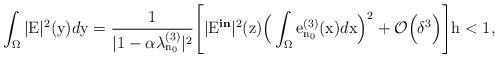
LaTeX: \begin{align*}\int_{\Omega}|\mathrm{E}|^2(\mathrm{y})d\mathrm{y} = \dfrac{1}{ |1 - \alpha\lambda^{(3)}_{\mathrm{n}_{0}}|^2}\Bigg[|\mathrm{E}^{\textbf{in}}|^2(\mathrm{z})\Big(\int_\mathrm{\Omega}\mathrm{e}^{(3)}_{\mathrm{n}_{0}}(\mathrm{x})d\mathrm{x}\Big)^2 + \mathcal{O}\Big(\delta^{3}\Big)\Bigg] \mathrm{h}<1,\end{align*}